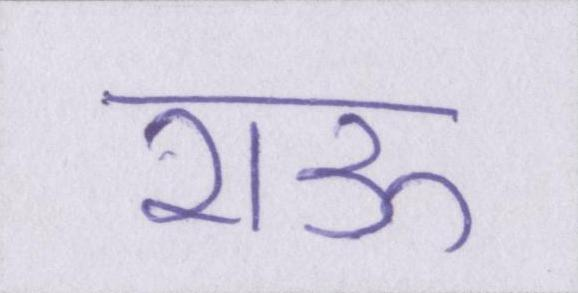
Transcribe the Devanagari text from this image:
राऊ